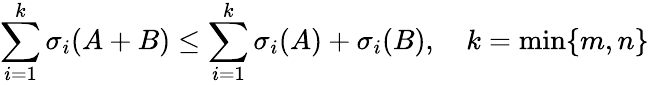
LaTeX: \sum_{i=1}^{k}\sigma_{i}(A+B)\leq\sum_{i=1}^{k}\sigma_{i}(A)+\sigma_{i}(B),\quad k=\operatorname*{min}\{ m,n\}